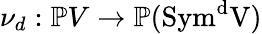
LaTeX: \nu_{d}:\mathbb{P}V\to\mathbb{P}(\mathrm{{{Sym}^{d}V)}}